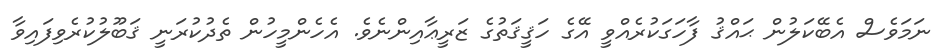
ނަމަވެސް އެބޭކަލުން ޙައްޤު ފާހަގަކުރެއްވީ އޭގެ ހަޤީޤަތުގެ ޒަރީޢާއިންނެވެ. އެހެންމީހުން ތެދުކުރަނީ ޤަބޫލުކުރެވިފައިވާ